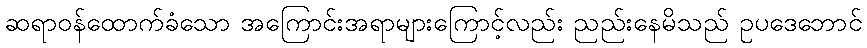
ဆရာဝန်ထောက်ခံသော အကြောင်းအရာများကြောင့်လည်း ညည်းနေမိသည် ဥပဒေဘောင်